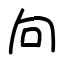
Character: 向